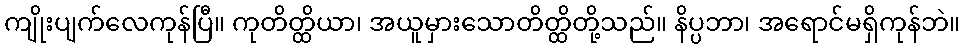
ကျိုးပျက်လေကုန်ပြီ။ ကုတိတ္ထိယာ၊ အယူမှားသောတိတ္ထိတို့သည်။ နိပ္ပဘာ၊ အရောင်မရှိကုန်ဘဲ။